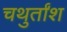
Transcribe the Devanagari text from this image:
चथुर्तांश